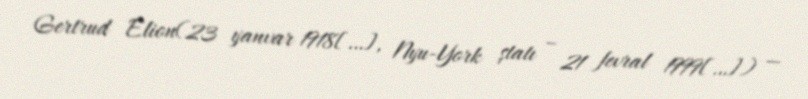
Gertrud Elion(23 yanvar 1918[…], Nyu-York ştatı – 21 fevral 1999[…]) —